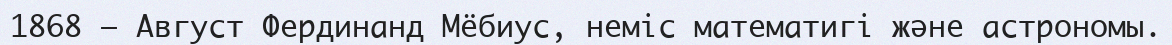
1868 — Август Фердинанд Мёбиус, неміс математигі және астрономы.